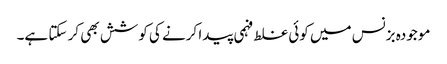
موجودہ بزنس میں کوئی غلط فہمی پیدا کرنے کی کوشش بھی کر سکتا ہے۔